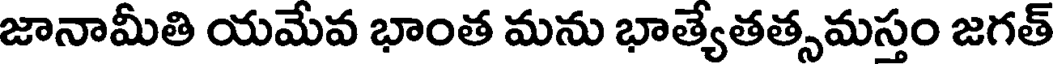
జానామీతి యమేవ భాంత మను భాత్యేతత్సమస్తం జగత్